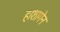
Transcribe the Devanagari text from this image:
हाशागेन